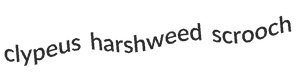
clypeus harshweed scrooch